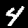
Digit: 4